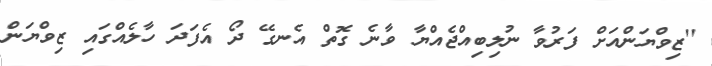
''ޒިވްޔަންއަށް ފަރުވާ ނުލިބިއްޖެއްޔާ ވާނެ ގޮތް އެނގޭ ދޯ އެފަދަ ހާލެއްގައި ޒިވްޔަން